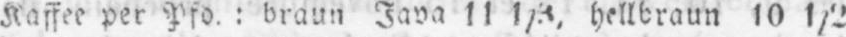
Kaffee per Pfd.: braun Java 11 1/3, hellbraun 10 l/2